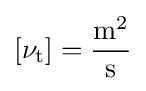
\left[\nu _{\mathrm {t} }\right]={\frac {\mathrm {m^{2}} }{\mathrm {s} }}